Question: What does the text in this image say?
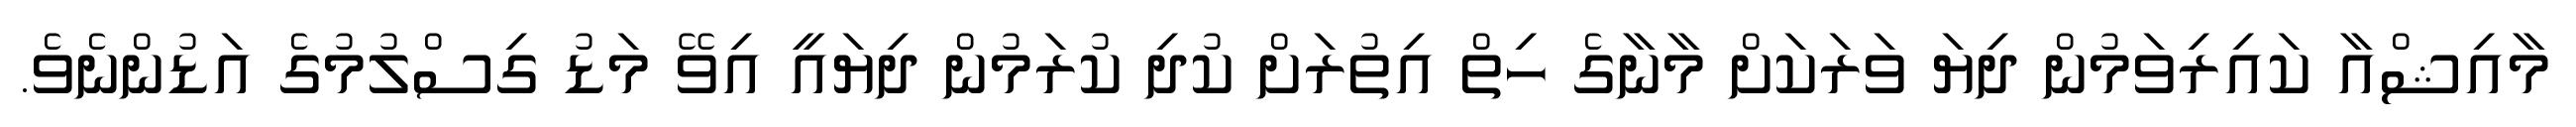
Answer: މާއިޝްއާ ކައިރިވަމުން ދިޔަ ވަރަކަށް މާނާގެ ހިތް އިތުރަށް ކުދި ކުރަމުން ދިޔައީ އިވޭ މަޑު ގިސްލުމުގެ އަޑުންނެވެ.